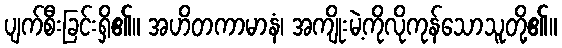
ပျက်စီးခြင်းရှိ၏။ အဟိတကာမာနံ၊ အကျိုးမဲ့ကိုလိုကုန်သောသူတို့၏။